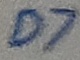
Text: D7